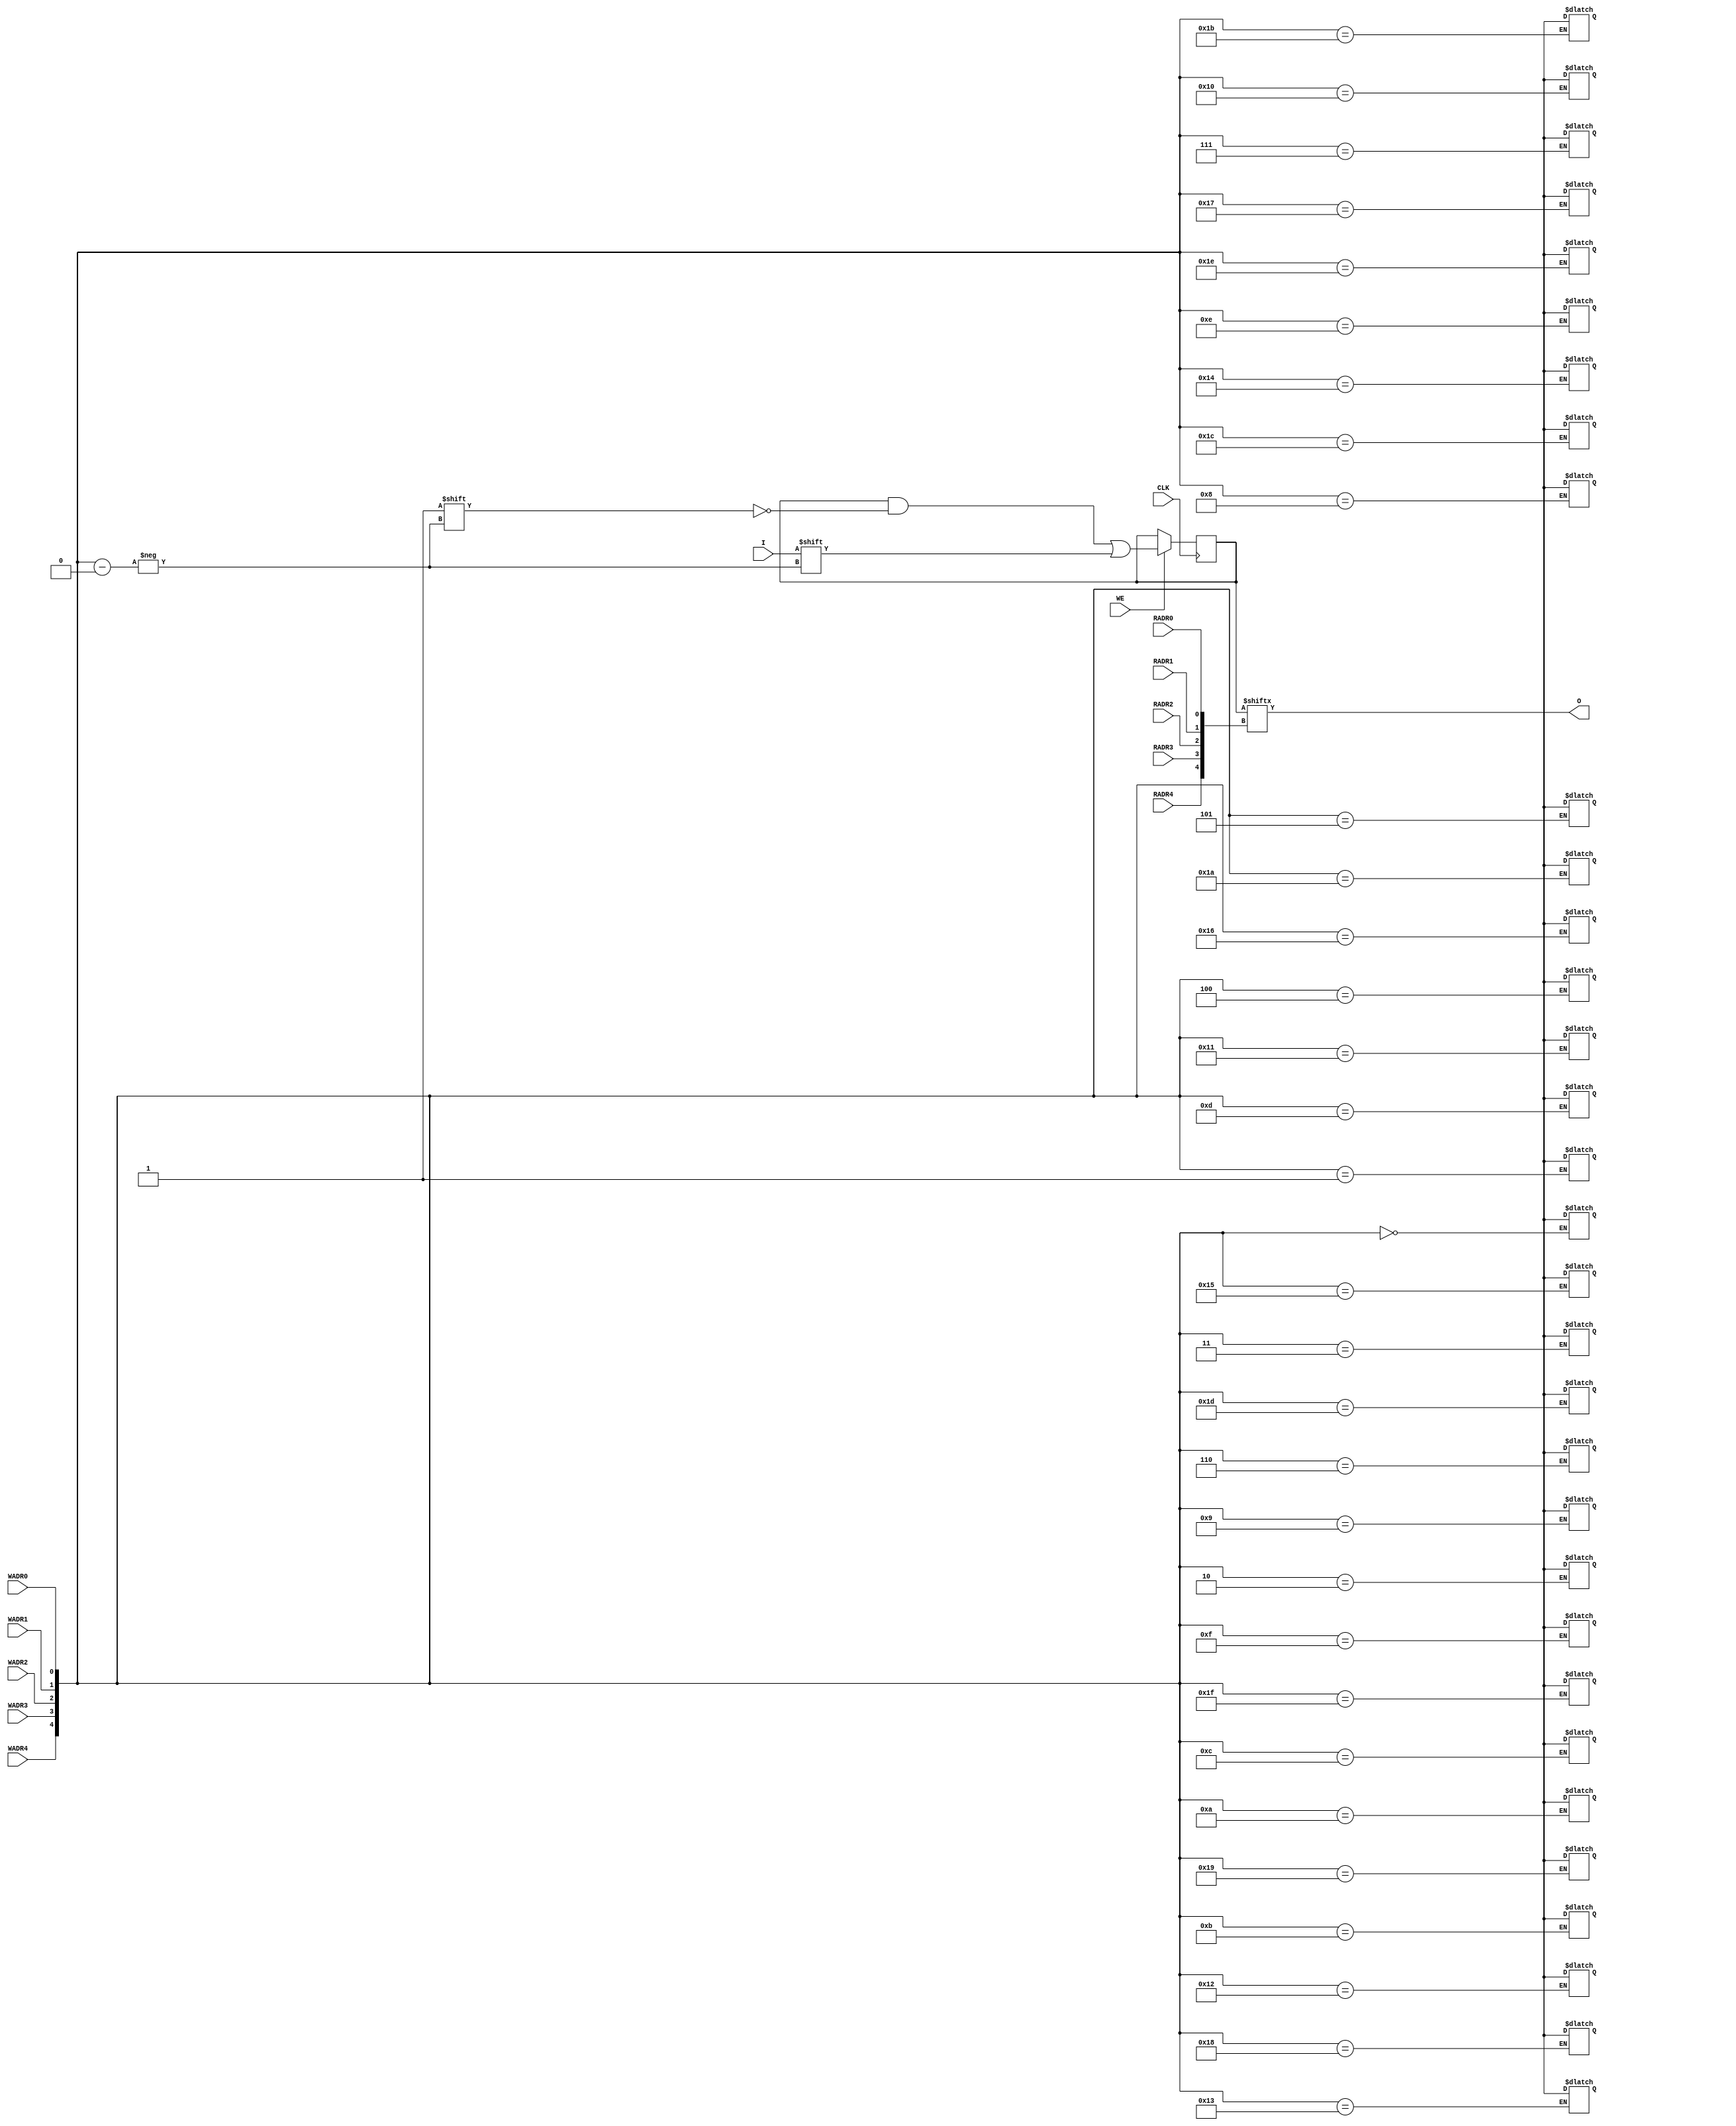
module X_RAMD32 (O, CLK, I, RADR0, RADR1, RADR2, RADR3, RADR4, WADR0, WADR1, WADR2, WADR3, WADR4, WE);

  parameter INIT = 32'h00000000;

  output O;
  input CLK, I, RADR0, RADR1, RADR2, RADR3, RADR4, WADR0, WADR1, WADR2, WADR3, WADR4, WE;

  reg [31:0] mem;
  wire [4:0] wadr;
  wire [4:0] radr;
  wire in, we, clk;
  reg o_out;
  reg notifier;

  buf b1 (in, I);
  buf b2 (clk, CLK);
  buf b3 (we ,WE);
  buf b4 (wadr[4],WADR4);
  buf b5 (wadr[3],WADR3);
  buf b6 (wadr[2],WADR2);
  buf b7 (wadr[1],WADR1);
  buf b8 (wadr[0],WADR0);
  buf b9 (radr[4],RADR4);
  buf bA (radr[3],RADR3);
  buf bB (radr[2],RADR2);
  buf bC (radr[1],RADR1);
  buf bD (radr[0],RADR0);
  buf bE (O, o_out);

  initial begin
    mem <= INIT;
  end

  always @(posedge clk) begin
    if (we == 1'b1)
      mem[wadr] <= in;
  end

  always @(mem or radr) begin
    o_out <= mem[radr];
  end

  always @(notifier) begin
    mem[wadr] <= 1'bx;
  end

  specify

	(CLK => O) = (0:0:0, 0:0:0);
	(RADR0 => O) = (0:0:0, 0:0:0);
	(RADR1 => O) = (0:0:0, 0:0:0);
	(RADR2 => O) = (0:0:0, 0:0:0);
	(RADR3 => O) = (0:0:0, 0:0:0);
	(RADR4 => O) = (0:0:0, 0:0:0);

	$setuphold (posedge CLK, posedge I &&& WE, 0:0:0, 0:0:0, notifier);
	$setuphold (posedge CLK, negedge I &&& WE, 0:0:0, 0:0:0, notifier);
	$setuphold (posedge CLK, posedge WADR0 &&& WE, 0:0:0, 0:0:0, notifier);
	$setuphold (posedge CLK, negedge WADR0 &&& WE, 0:0:0, 0:0:0, notifier);
	$setuphold (posedge CLK, posedge WADR1 &&& WE, 0:0:0, 0:0:0, notifier);
	$setuphold (posedge CLK, negedge WADR1 &&& WE, 0:0:0, 0:0:0, notifier);
	$setuphold (posedge CLK, posedge WADR2 &&& WE, 0:0:0, 0:0:0, notifier);
	$setuphold (posedge CLK, negedge WADR2 &&& WE, 0:0:0, 0:0:0, notifier);
	$setuphold (posedge CLK, posedge WADR3 &&& WE, 0:0:0, 0:0:0, notifier);
	$setuphold (posedge CLK, negedge WADR3 &&& WE, 0:0:0, 0:0:0, notifier);
	$setuphold (posedge CLK, posedge WADR4 &&& WE, 0:0:0, 0:0:0, notifier);
	$setuphold (posedge CLK, negedge WADR4 &&& WE, 0:0:0, 0:0:0, notifier);
	$setuphold (posedge CLK, posedge WE, 0:0:0, 0:0:0, notifier);
	$setuphold (posedge CLK, negedge WE, 0:0:0, 0:0:0, notifier);

	$width (posedge CLK &&& WE, 0:0:0, 0, notifier);
	$width (negedge CLK &&& WE, 0:0:0, 0, notifier);

	specparam PATHPULSE$ = 0;

  endspecify

endmodule